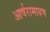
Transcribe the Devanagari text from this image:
आर्षरामायण